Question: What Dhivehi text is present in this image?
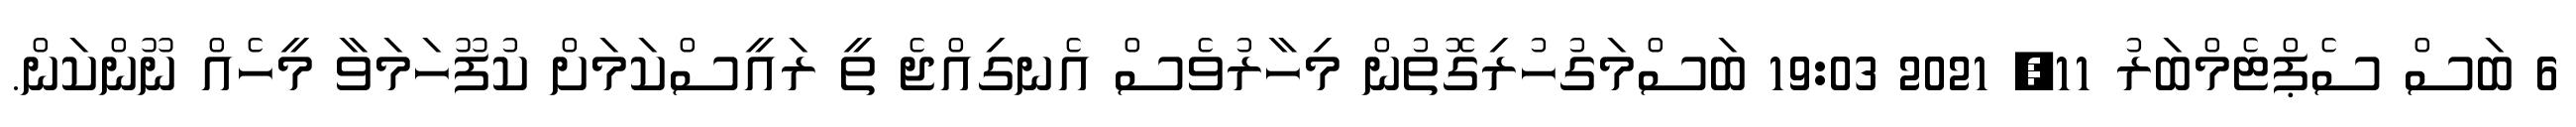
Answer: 6 ބަސް ސެޕްޓެމްބަރު 11, 2021 19:03 ބަސްމަގުހުރިގޮތުން މިހާރުވެސް އެނގިއްޖެ ތީ ރައީސްކަމަށް ކުފޫހަމަވާ މީހެއް ނޫންކަން.